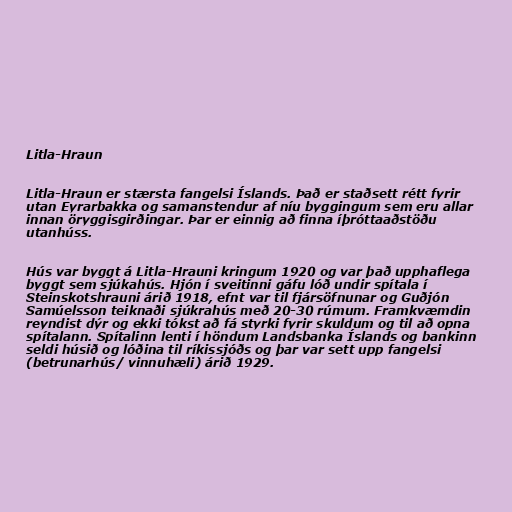
Litla-Hraun

Litla-Hraun er stærsta fangelsi Íslands. Það er staðsett rétt fyrir
utan Eyrarbakka og samanstendur af níu byggingum sem eru allar
innan öryggisgirðingar. Þar er einnig að finna íþróttaaðstöðu
utanhúss.

Hús var byggt á Litla-Hrauni kringum 1920 og var það upphaflega
byggt sem sjúkahús. Hjón í sveitinni gáfu lóð undir spítala í
Steinskotshrauni árið 1918, efnt var til fjársöfnunar og Guðjón
Samúelsson teiknaði sjúkrahús með 20-30 rúmum. Framkvæmdin
reyndist dýr og ekki tókst að fá styrki fyrir skuldum og til að opna
spítalann. Spítalinn lenti í höndum Landsbanka Íslands og bankinn
seldi húsið og lóðina til ríkissjóðs og þar var sett upp fangelsi
(betrunarhús/ vinnuhæli) árið 1929.